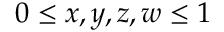
0 \leq x , y , z , w \leq 1